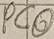
Text: PCO